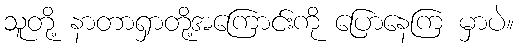
သူတို့ နာတာရှာတို့အကြောင်းကို ပြောနေကြ မှာပဲ။